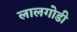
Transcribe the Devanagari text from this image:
लालगोडी